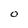
Character: O